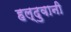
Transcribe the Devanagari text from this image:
हल्दुवानी